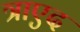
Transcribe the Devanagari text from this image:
त्राएद